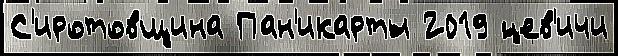
С'иротовщина Пан'икарты 2019 ́цев'ичи